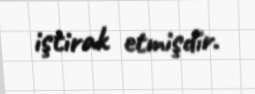
iştirak etmişdir.